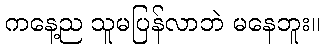
ကနေ့ည သူမပြန်လာဘဲ မနေဘူး။